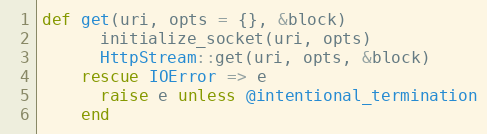
Language: Ruby
def get(uri, opts = {}, &block)
      initialize_socket(uri, opts)
      HttpStream::get(uri, opts, &block)
    rescue IOError => e
      raise e unless @intentional_termination
    end